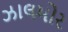
ઝાલમોર